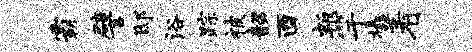
霸譬邸浴踪被韶酉叛竽橇着